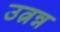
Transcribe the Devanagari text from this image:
उत्नन्न